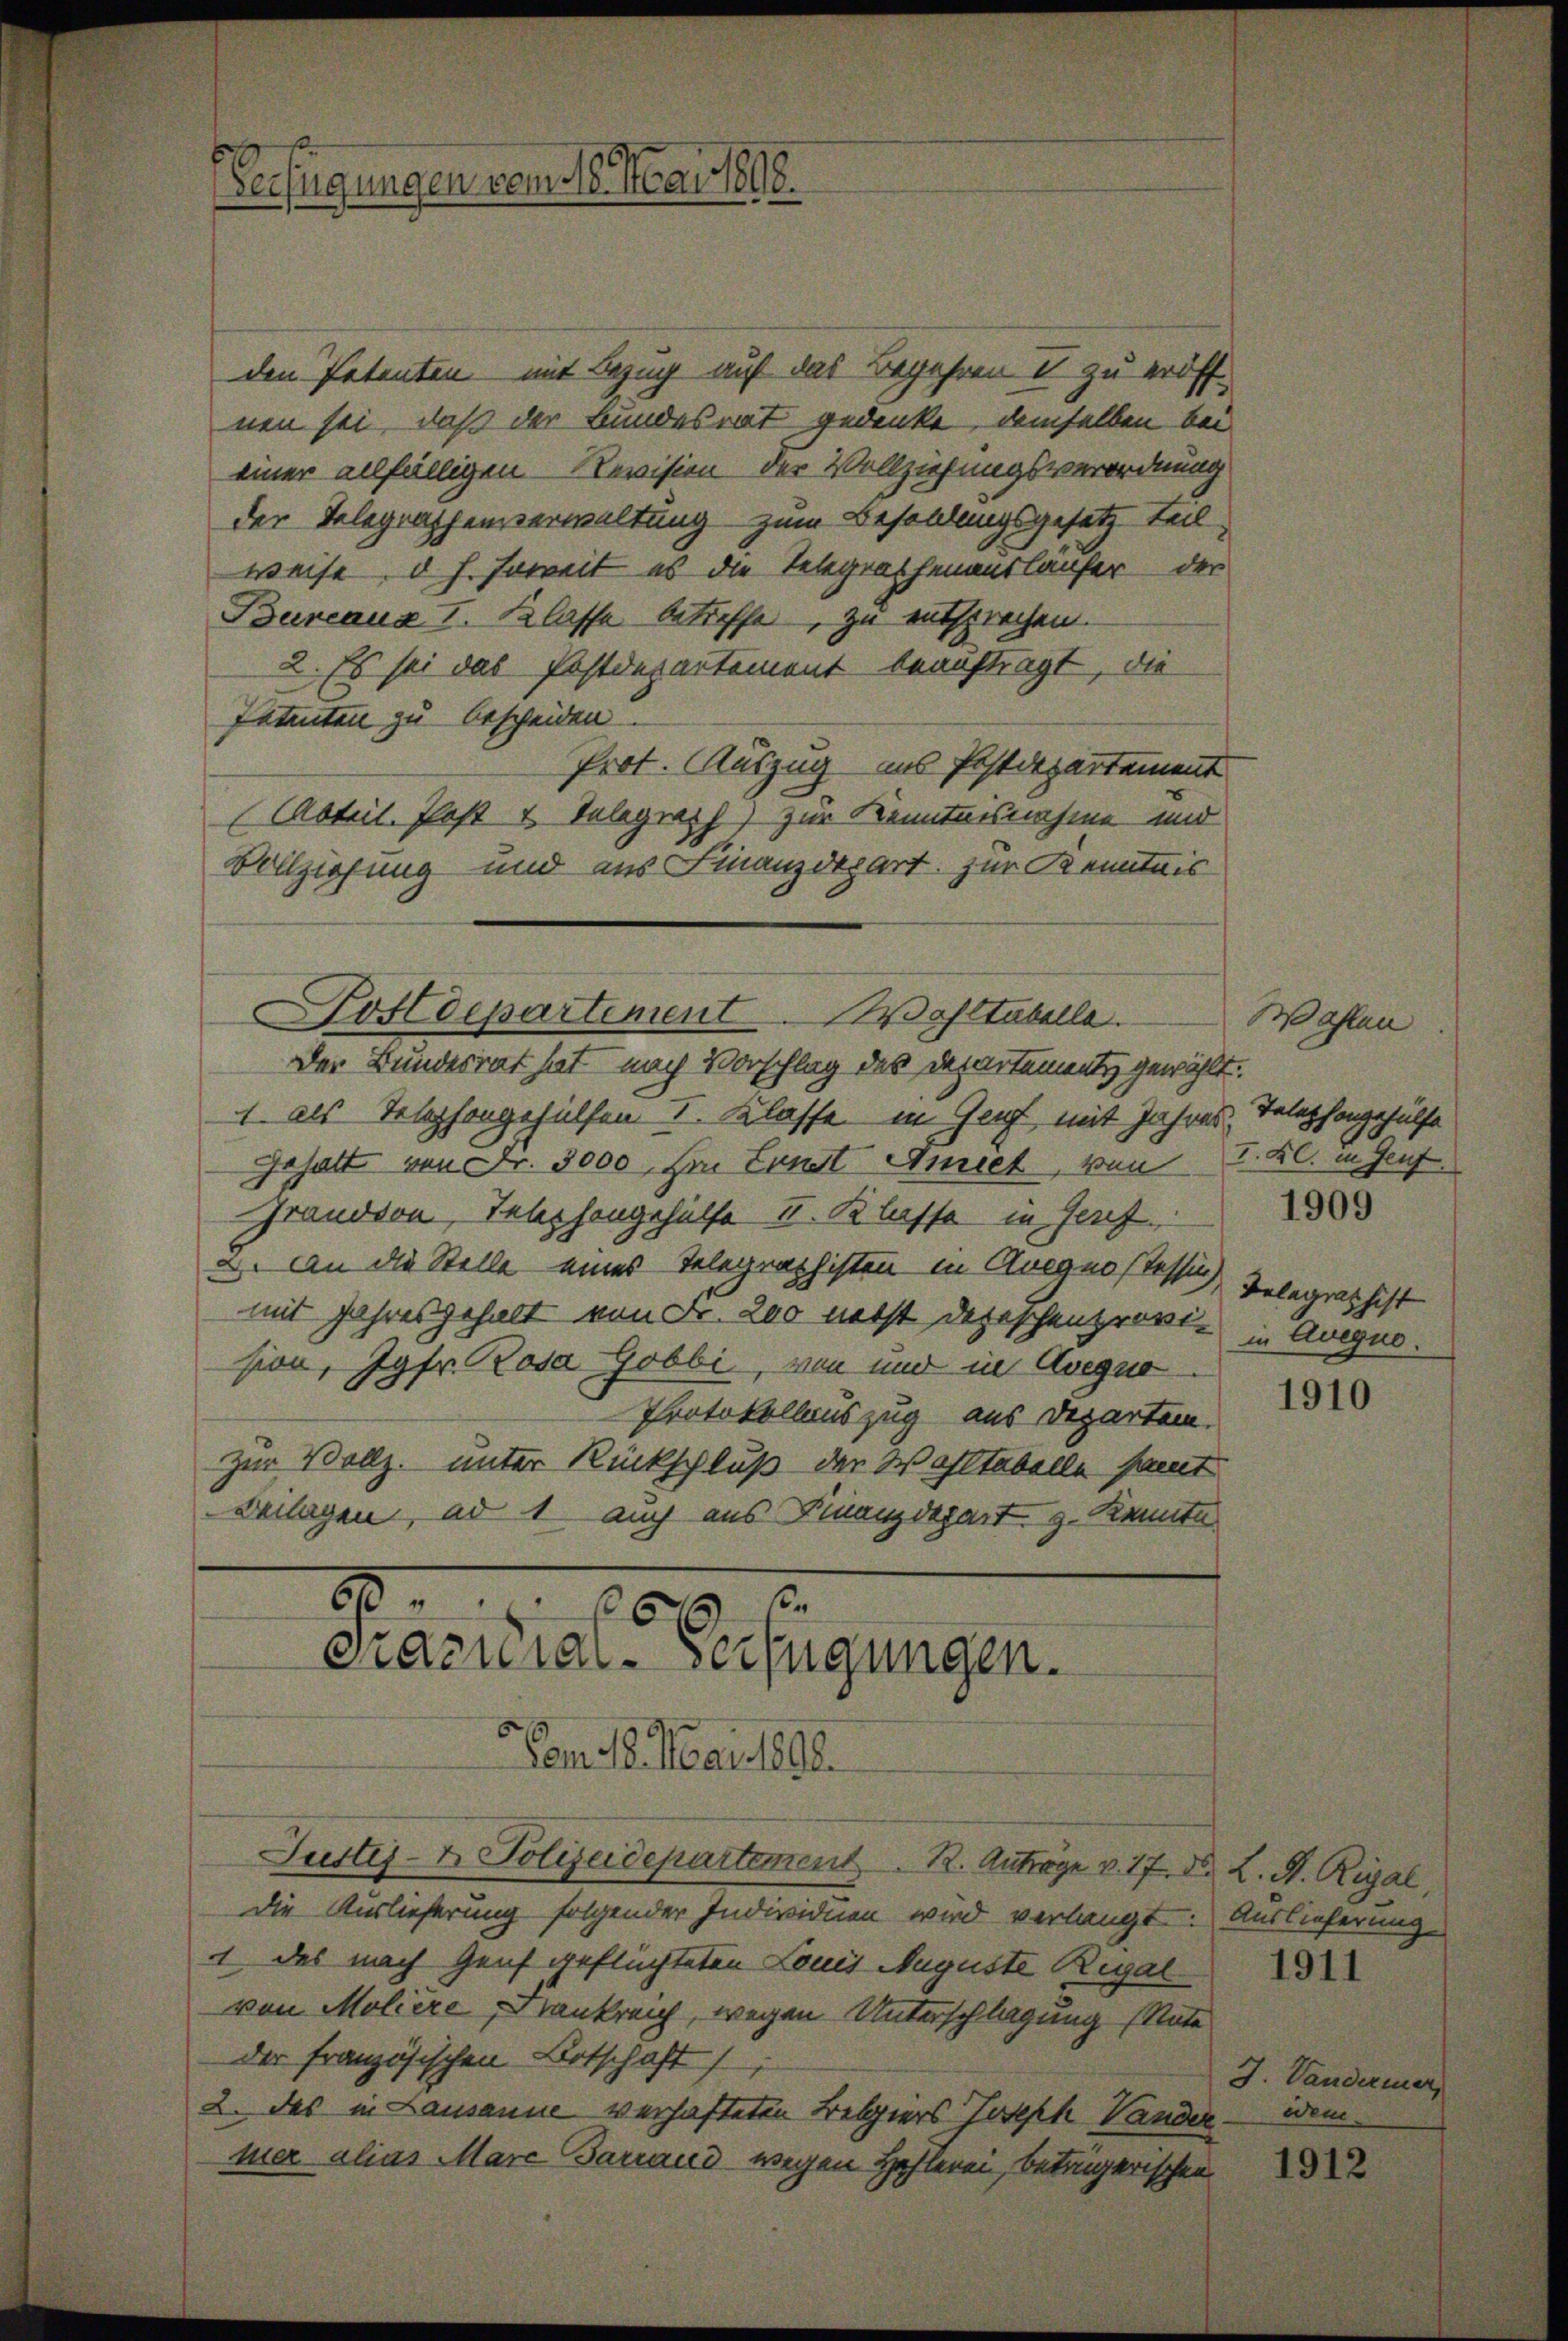
Verfügungen vom 16. Mai 1898.

den Petenten mit Bezug auf das Begehren I zu eröffnen sei, daß der Bundesrat gedenke, demselben bei
einer allfälligen Revision der Vollziehungsverordnung
der Telegraphensverwaltung zum Besoldungsgesetz teil
weise, d. h. soweit es die Telegrathenauslaufer der
Bureaux I. Klasse betreffe, zu entsprechen.
2. Es sei das Postdepartement beauftragt, die
Patenten zu bescheiden
Prot. Auszug ins Postdepartement
(Rotuil. Plast u. Telegraph) zur Kenntnisnahme und
Vollziehung und aus Finanzdepart zur Kenntnis
Postdepartement. Wohltabella
Der Bundesrat hat nach Vorschlag des Departements gewählt.
1 als Telephongehülfen I. Klasse in Genf mit Jahres, Telephongehülfe
Gehalt von Fr. 5000. Im Landt Amiet, von I. Kl. in Genf
Grandern, Telephongehülfe 11. Klasse in Genf,
u. An die Stelle eines Telegraphisten in Augenstessin,
mit Jahresgehalt von Fr. 200 nebst darischen provision, Jgfr. Rosa Gobbi, von und in Aveguo
Protokollauszug aus Departen.
zur Vollz. unter Rückschluß der Wohltabelle samt
Beilagen, ad 1, auch aus Finanzdepart z. Kenntn

8
2
6
Prazuial-Verfügungen.
Vom 18. Mai 1890.
Justiz- & Polizeidepartement R. Anträge v. 17. d. L. A. Rigal

Die Auslieferung folgender Individuen wird verlangt: Auslieferung
1 das nach Genf geflüchteten Louis Auguste Regal
von Moliere Krankreich, wegen Unterschlagung (Nate
der französischen Botschaft
2. Das in Lausanne verhafteten Belgiers Joseph Vander idem
mer alias Marc Barrand wegen Hehleren, beträgerischen

Wahlen
1909

Telegraphist
in Aveguo.

1910

J. Vandermer,

1912